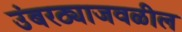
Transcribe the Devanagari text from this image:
उंबरठ्याजवळील